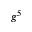
g ^ { 5 }